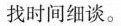
找时间细谈。